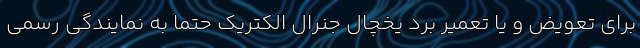
برای تعویض و یا تعمیر برد یخچال جنرال الکتریک حتما به نمایندگی رسمی